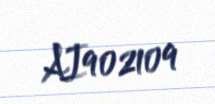
AI902109